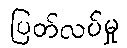
ပြတ်လပ်မှု